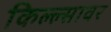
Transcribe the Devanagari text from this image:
किल्ल्सावर